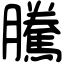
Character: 騰